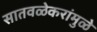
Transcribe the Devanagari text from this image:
सातवळेकरांमुळे